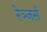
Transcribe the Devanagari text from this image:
रेञ्जर्स